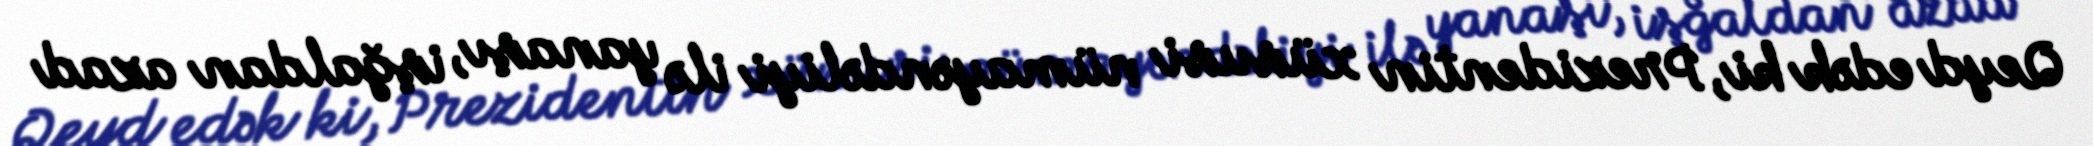
Qeyd edək ki, Prezidentin xüsusi nümayəndəliyi ilə yanaşı, işğaldan azad